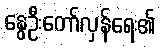
နွေဦးတော်လှန်ရေး၏